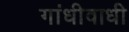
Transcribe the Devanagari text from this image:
गांधीवाधी